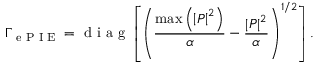
\Gamma _ { \textrm { e P I E } } = \textrm { d i a g } \left[ \left( \frac { \operatorname* { m a x } \left( \left| P \right| ^ { 2 } \right) } { \alpha } - \frac { \left| P \right| ^ { 2 } } { \alpha } \right) ^ { 1 / 2 } \right] .